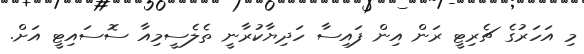
މި އަހަރުގެ ޗެރިޓީ ރަން އިން ފައިސާ ހަދިޔާކުރާނީ ތެލެސީމިއާ ސޮސައިޓީ އަށް.